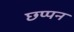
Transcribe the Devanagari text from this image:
छप्‍पन